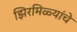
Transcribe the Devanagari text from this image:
झिरमिळ्यांचे